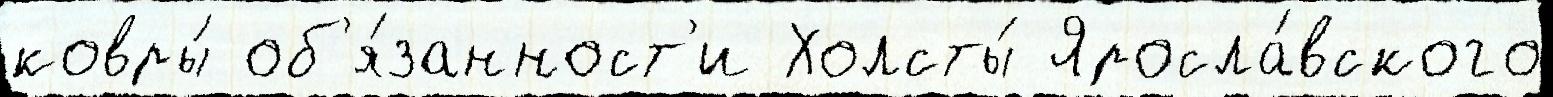
ковры́ об'я́занност'и Холсты́ Яросла́вского